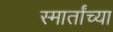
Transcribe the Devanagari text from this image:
स्मार्तांच्या